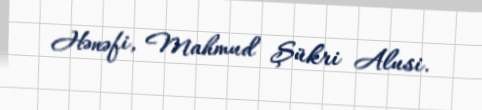
Hənəfi, Mahmud Şükri Alusi.